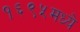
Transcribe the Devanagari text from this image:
१६९५मध्ये